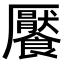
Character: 饜